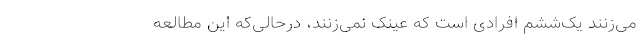
می‌زنند یک‌ششم افرادی است که عینک نمی‌زنند، درحالی‌که این مطالعه